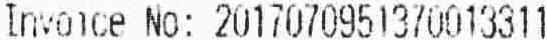
INVOICE NO: 2017070951370013311